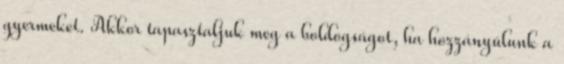
gyermeket. Akkor tapasztaljuk meg a boldogságot, ha hozzányúlunk a